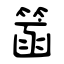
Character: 䈄